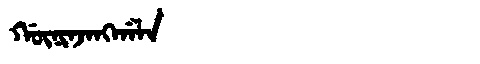
Manchu: ᡤᡡᠨᡳᠨᠵᠠᠩᡤᠠᠯᠠ
Romanization: GŪNINJANGGALA